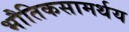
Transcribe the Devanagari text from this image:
भौतिकसामर्थय